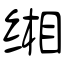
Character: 缃